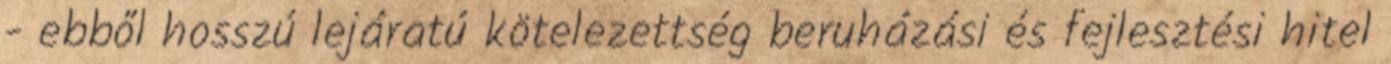
- ebből hosszú lejáratú kötelezettség beruházási és fejlesztési hitel